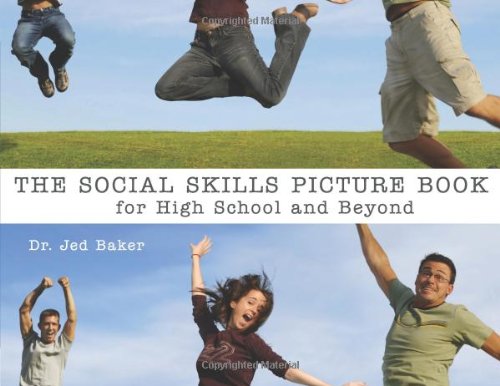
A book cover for Social Skills Picture Book for High School and Beyond; Jed Baker; Health, Fitness & Dieting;